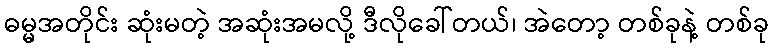
ဓမ္မအတိုင်း ဆုံးမတဲ့ အဆုံးအမလို့ ဒီလိုခေါ်တယ်၊ အဲတော့ တစ်ခုနဲ့ တစ်ခု